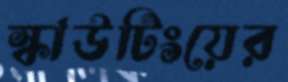
স্কাউটিংয়ের